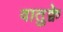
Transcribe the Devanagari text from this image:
वातुक्वे